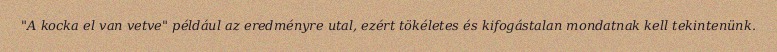
"A kocka el van vetve" például az eredményre utal, ezért tökéletes és kifogástalan mondatnak kell tekintenünk.